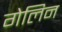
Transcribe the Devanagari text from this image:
गेलिन